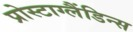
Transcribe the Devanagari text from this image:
प्रोस्टाग्लैंडिन्स